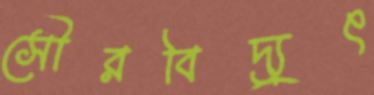
সৌরবিদ্যুৎ